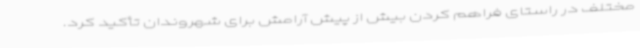
مختلف در راستای فراهم کردن بیش از پیش آرامش برای شهروندان تأکید کرد.